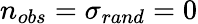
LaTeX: n_{obs}=\sigma_{rand}=0